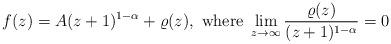
LaTeX: \begin{align*}f(z)= A(z+1)^{1-\alpha} +\varrho(z), \mbox{ where } \lim_{z\to\infty}\frac{\varrho(z)}{(z+1)^{1-\alpha}}=0\end{align*}